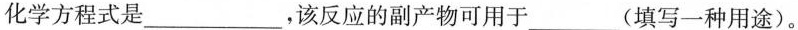
化学方程式是___，该反应的副产物可用于___(填写一种用途)。